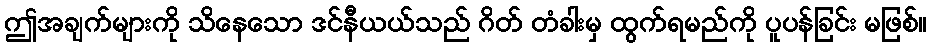
ဤအချက်များကို သိနေသော ဒင်နီယယ်သည် ဂိတ် တံခါးမှ ထွက်ရမည်ကို ပူပန်ခြင်း မဖြစ်။